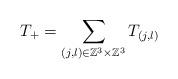
LaTeX: \begin{align*}T_+=\sum_{(j,l)\in{\mathbb Z}^3\times{\mathbb Z}^3} T_{(j,l)}\end{align*}